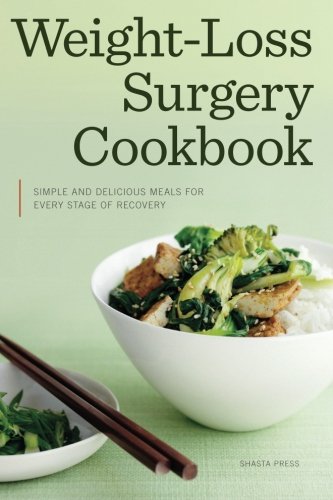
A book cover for Weight Loss Surgery Cookbook: Simple and Delicious Meals for Every Stage of Recovery; Shasta Press; Cookbooks, Food & Wine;